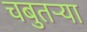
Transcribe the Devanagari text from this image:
चबुतऱ्या